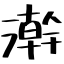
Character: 澣